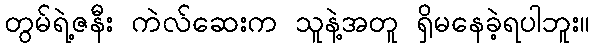
တွမ်ရဲ့ဇနီး ကဲလ်ဆေးက သူနဲ့အတူ ရှိမနေခဲ့ရပါဘူး။